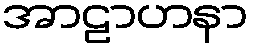
အာဠာဟနာ